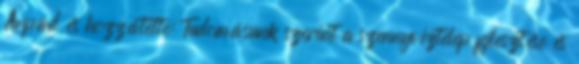
Árpád és hozzátette: Tudomásunk szerint a szennyvíztelep fejlesztése és